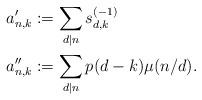
LaTeX: \begin{align*} a_{n,k}^{\prime} & := \sum_{d|n} s_{d,k}^{(-1)} \\ a_{n,k}^{\prime\prime} & := \sum_{d|n} p(d-k) \mu(n / d). \end{align*}